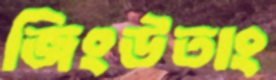
জিংউতাং